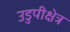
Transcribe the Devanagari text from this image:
उडुपीक्षेत्र